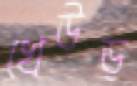
খেউড়